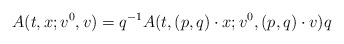
\begin{align*} A(t, x; v^{0}, v) = q^{-1} A(t, (p, q) \cdot x; v^{0}, (p, q) \cdot v) q\end{align*}